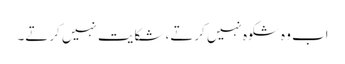
اب وہ شکوہ نہیں کرتے، شکایت نہیں کرتے۔